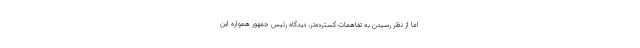
اما از نظر رسیدن به تفاهمات گسترده‌تر، دیدگاه رئیس جمهور همواره این